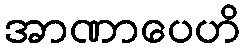
အာဏာပေဟိ